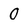
Character: 0